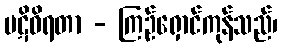
ပဋိဝိရတာ - ကြဉ်ရှောင်ကုန်သည်၊